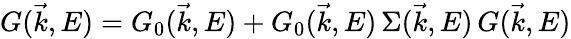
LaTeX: G(\vec{k},E)=G_{0}(\vec{k},E)+G_{0}(\vec{k},E)\, \Sigma(\vec{k},E)\, G(\vec{k},E)